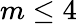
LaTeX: m\le 4